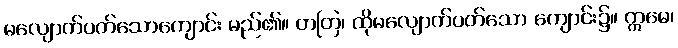
မလျောက်ပတ်သောကျောင်း မည်၏။ တတြ၊ ထိုမလျောက်ပတ်သော ကျောင်း၌။ ဣမေ၊